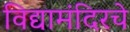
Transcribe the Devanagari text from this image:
विद्यामंदिरचे